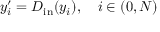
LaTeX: y _ { i } ^ { \prime } = D _ { \mathrm { i n } } ( y _ { i } ) , \quad i \in ( 0 , N )